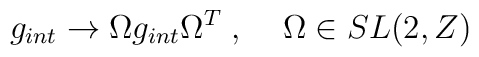
g_{int} \rightarrow \Omega g_{int} \Omega^T \; , \; \; \; \; \Omega\in SL(2, Z)